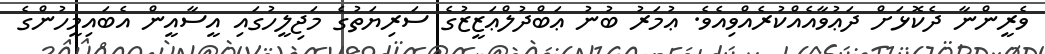
ވެރީންނާ ދެކޮޅަށް ދަޢުވާއެއްކުރެއްވިއެވެ. ޢުމަރު ބުނު ޢަބްދުލްޢަޒީޒުގެ ސަރިޔަތުގެ މަޖިލީހުގައި އީސާއީން އެބައިމީހުންގެ